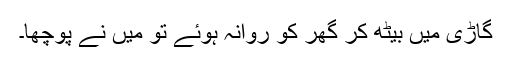
گاڑی میں بیٹھ کر گھر کو روانہ ہوئے تو میں نے پوچھا۔